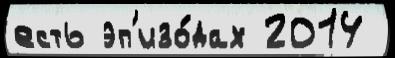
есть эп'изо́дах 2014